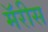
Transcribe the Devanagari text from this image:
मॅरीस